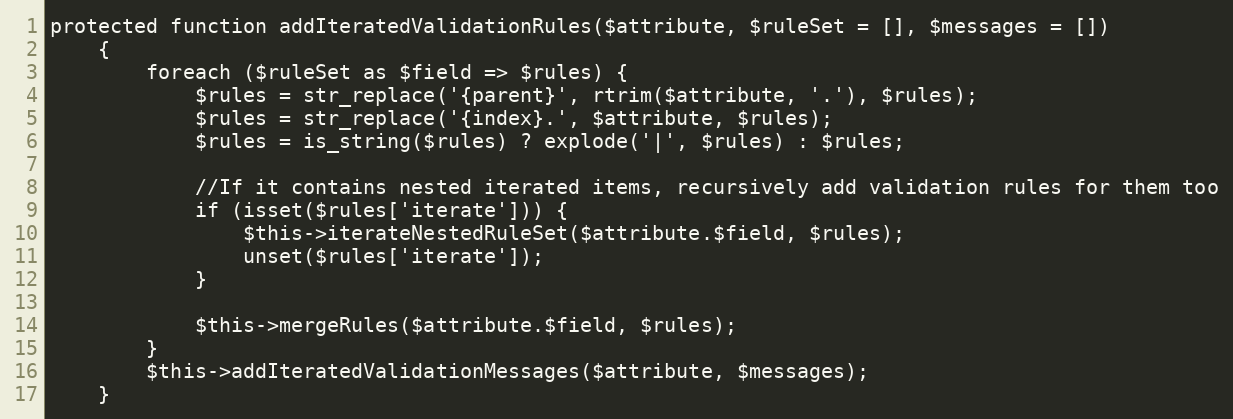
Language: PHP
protected function addIteratedValidationRules($attribute, $ruleSet = [], $messages = [])
    {
        foreach ($ruleSet as $field => $rules) {
            $rules = str_replace('{parent}', rtrim($attribute, '.'), $rules);
            $rules = str_replace('{index}.', $attribute, $rules);
            $rules = is_string($rules) ? explode('|', $rules) : $rules;

            //If it contains nested iterated items, recursively add validation rules for them too
            if (isset($rules['iterate'])) {
                $this->iterateNestedRuleSet($attribute.$field, $rules);
                unset($rules['iterate']);
            }

            $this->mergeRules($attribute.$field, $rules);
        }
        $this->addIteratedValidationMessages($attribute, $messages);
    }